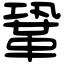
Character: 鞏